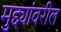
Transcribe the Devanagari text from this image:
मुद्द्यांवरील